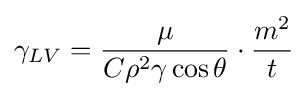
\gamma _{LV}={\mu  \over C\rho ^{2}\gamma \cos \theta }\cdot {m^{2} \over t}